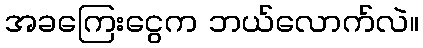
အခကြေးငွေက ဘယ်လောက်လဲ။